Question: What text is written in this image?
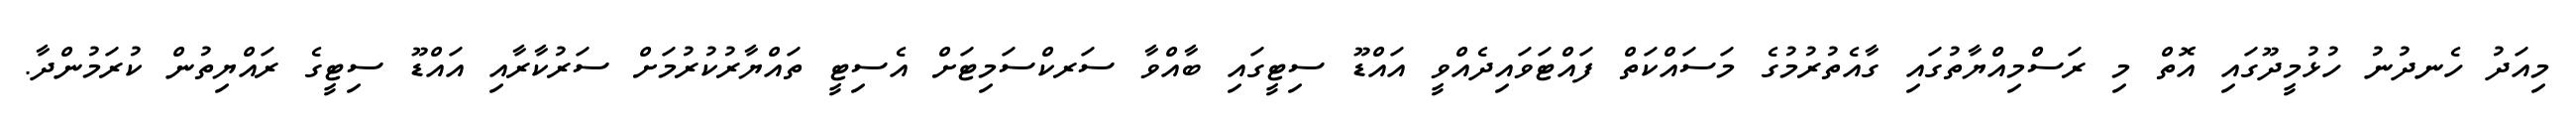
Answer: މިއަދު ހެނދުނު ހުޅުމީދޫގައި އޮތް މި ރަސްމިއްޔާތުގައި ގާއެތުރުމުގެ މަސައްކަތް ފައްޓަވައިދެއްވީ އައްޑޫ ސިޓީގައި ބާއްވާ ސަރކްސަމިޓަށް އެސިޓީ ތައްޔާރުކުރުމަށް ސަރުކާރާއި އައްޑޫ ސިޓީގެ ރައްޔިތުން ކުރަމުންދާ.